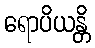
ရောပိယန္တိ